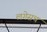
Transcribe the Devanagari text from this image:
लगेसच